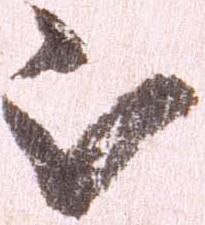
被